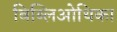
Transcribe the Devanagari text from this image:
बिब्लिओथिका